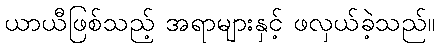
ယာယီဖြစ်သည့် အရာများနှင့် ဖလှယ်ခဲ့သည်။